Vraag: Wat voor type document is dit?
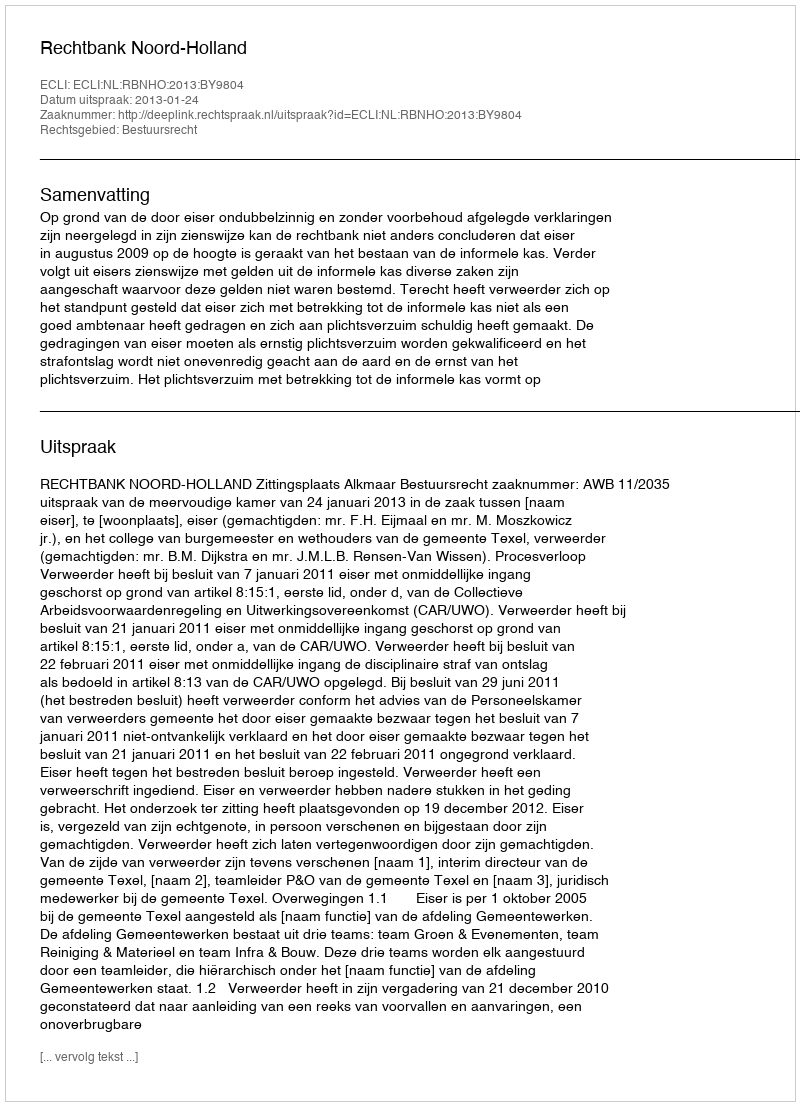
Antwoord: Uitspraak